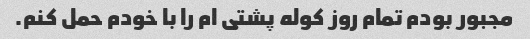
مجبور بودم تمام روز کوله پشتی ام را با خودم حمل کنم.